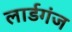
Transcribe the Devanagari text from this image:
लार्डगंज